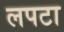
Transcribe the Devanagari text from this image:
लपटा